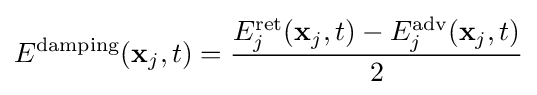
E^{\text{damping}}(\mathbf {x} _{j},t)={\frac {E_{j}^{\text{ret}}(\mathbf {x} _{j},t)-E_{j}^{\text{adv}}(\mathbf {x} _{j},t)}{2}}